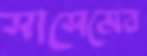
সাসেমের